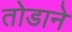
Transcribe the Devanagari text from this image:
तोडाने